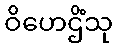
ဝိဟေဌိံသု